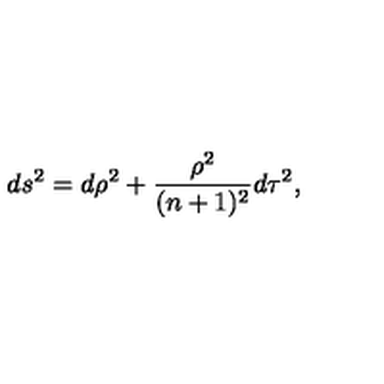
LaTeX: d s ^ { 2 } = d \rho ^ { 2 } + \frac { \rho ^ { 2 } } { ( n + 1 ) ^ { 2 } } d \tau ^ { 2 } ,